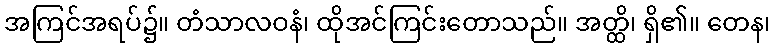
အကြင်အရပ်၌။ တံသာလဝနံ၊ ထိုအင်ကြင်းတောသည်။ အတ္ထိ၊ ရှိ၏။ တေန၊